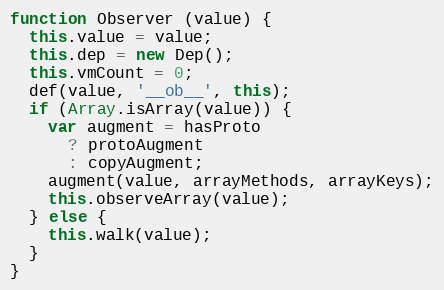
Language: JavaScript
function Observer (value) {
  this.value = value;
  this.dep = new Dep();
  this.vmCount = 0;
  def(value, '__ob__', this);
  if (Array.isArray(value)) {
    var augment = hasProto
      ? protoAugment
      : copyAugment;
    augment(value, arrayMethods, arrayKeys);
    this.observeArray(value);
  } else {
    this.walk(value);
  }
}